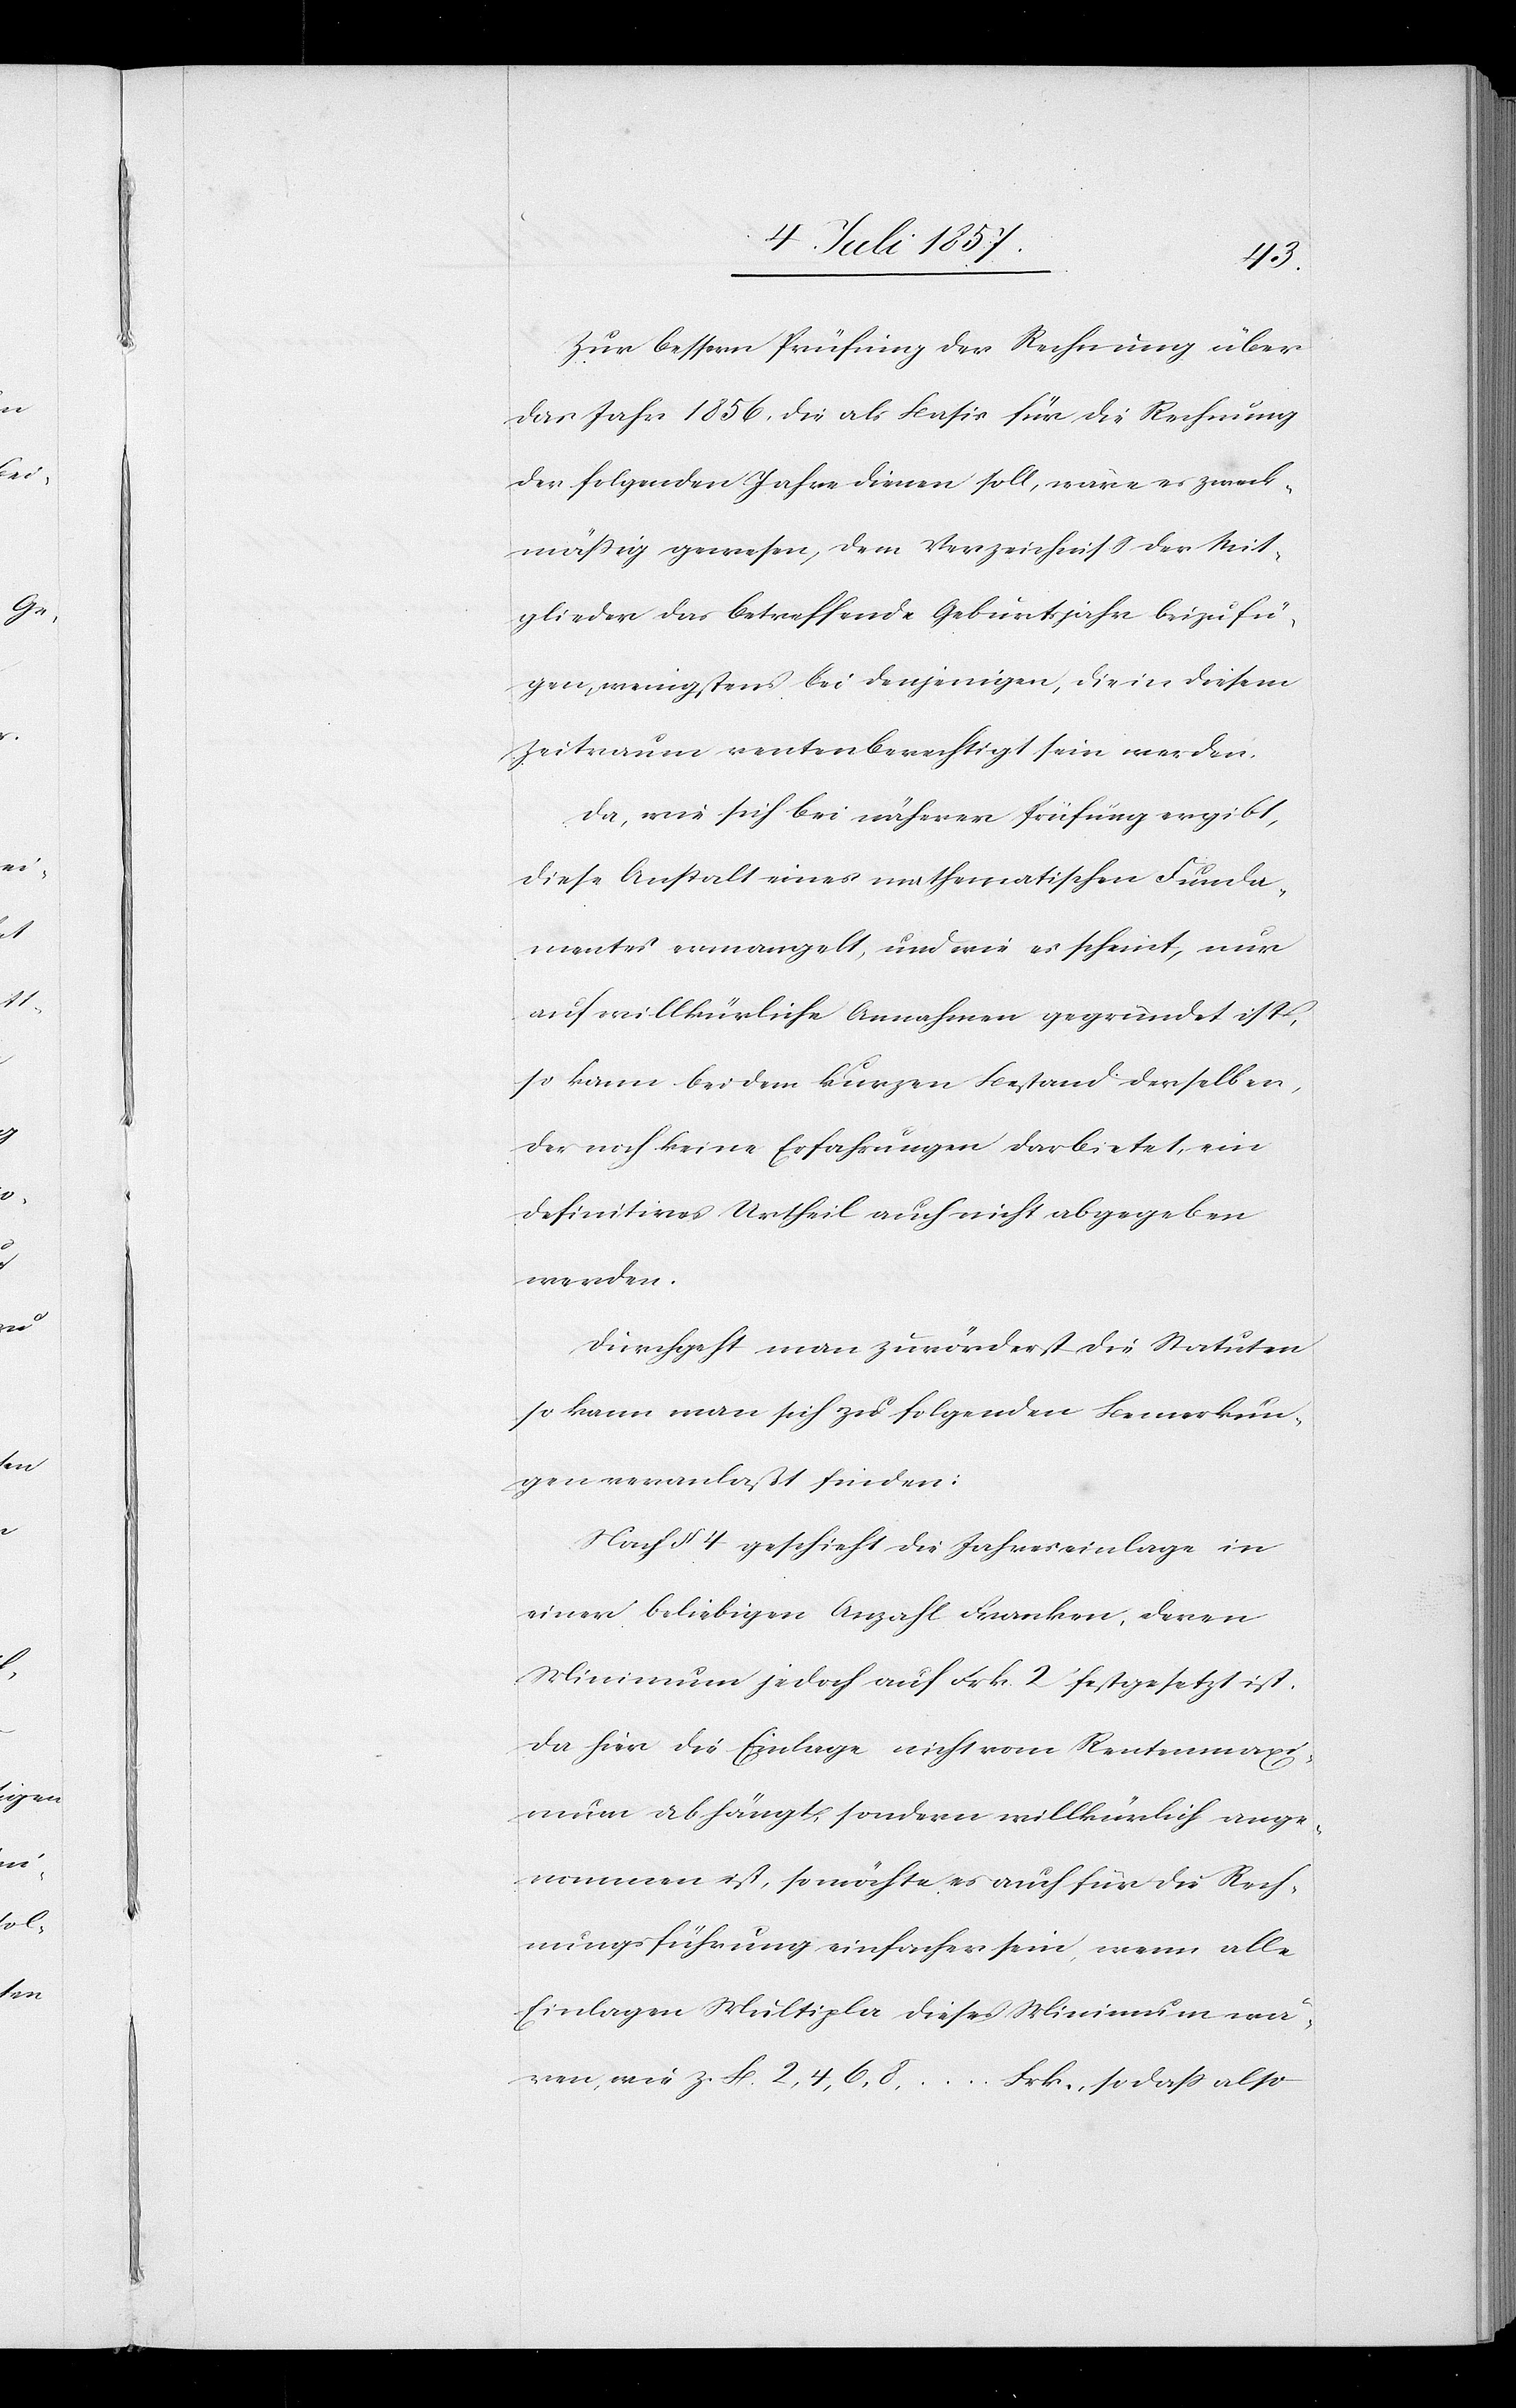
Zur bessern Prüfung der Rechnung über
das Jahr 1856 die als Basis für die Rechnung
der folgenden Jahre dienen soll, wäre es zweck¬
mäßig gewesen, dem Verzeichniß der Mit¬
glieder das betreffende Geburtsjahr beizufü¬
gen, wenigstens bei denjenigen, die in diesem
Zeitraum rentenberechtigt sein werden.
Da, wie sich bei näherer Prüfung ergibt,
diese Anstalt eines mathematischen Funda¬
ments ermangelt, und wie es scheint, nur
auf willkürliche Annahme gegründet ist,
so kann bei dem kurzen Bestand derselben,
der noch keine Erfahrungen darbietet, ein
definitives Urtheil auch nicht abgegeben
werden.
Durchgeht man zuvörderst die Statuten
so kann man sich zu folgenden Bemerkun¬
gen veranlaßt finden:
Nach § 4 geschieht die Jahreseinlage in
einer beliebigen Anzahl Franken, deren
Minimum jedoch auf Frk. 2 festgesetzt ist.
Da hier die Einlage nicht vom Rentenmaxi¬
mum abhängt, sondern willkürlich ange¬
nommen ist, so möchte es auch für die Rech¬
nungsführung einfacher sein, wenn alle
Einlagen Multipla dieses Minimum wä¬
ren, wie z. B. 2, 4, 6, 8,…Frk., so daß also